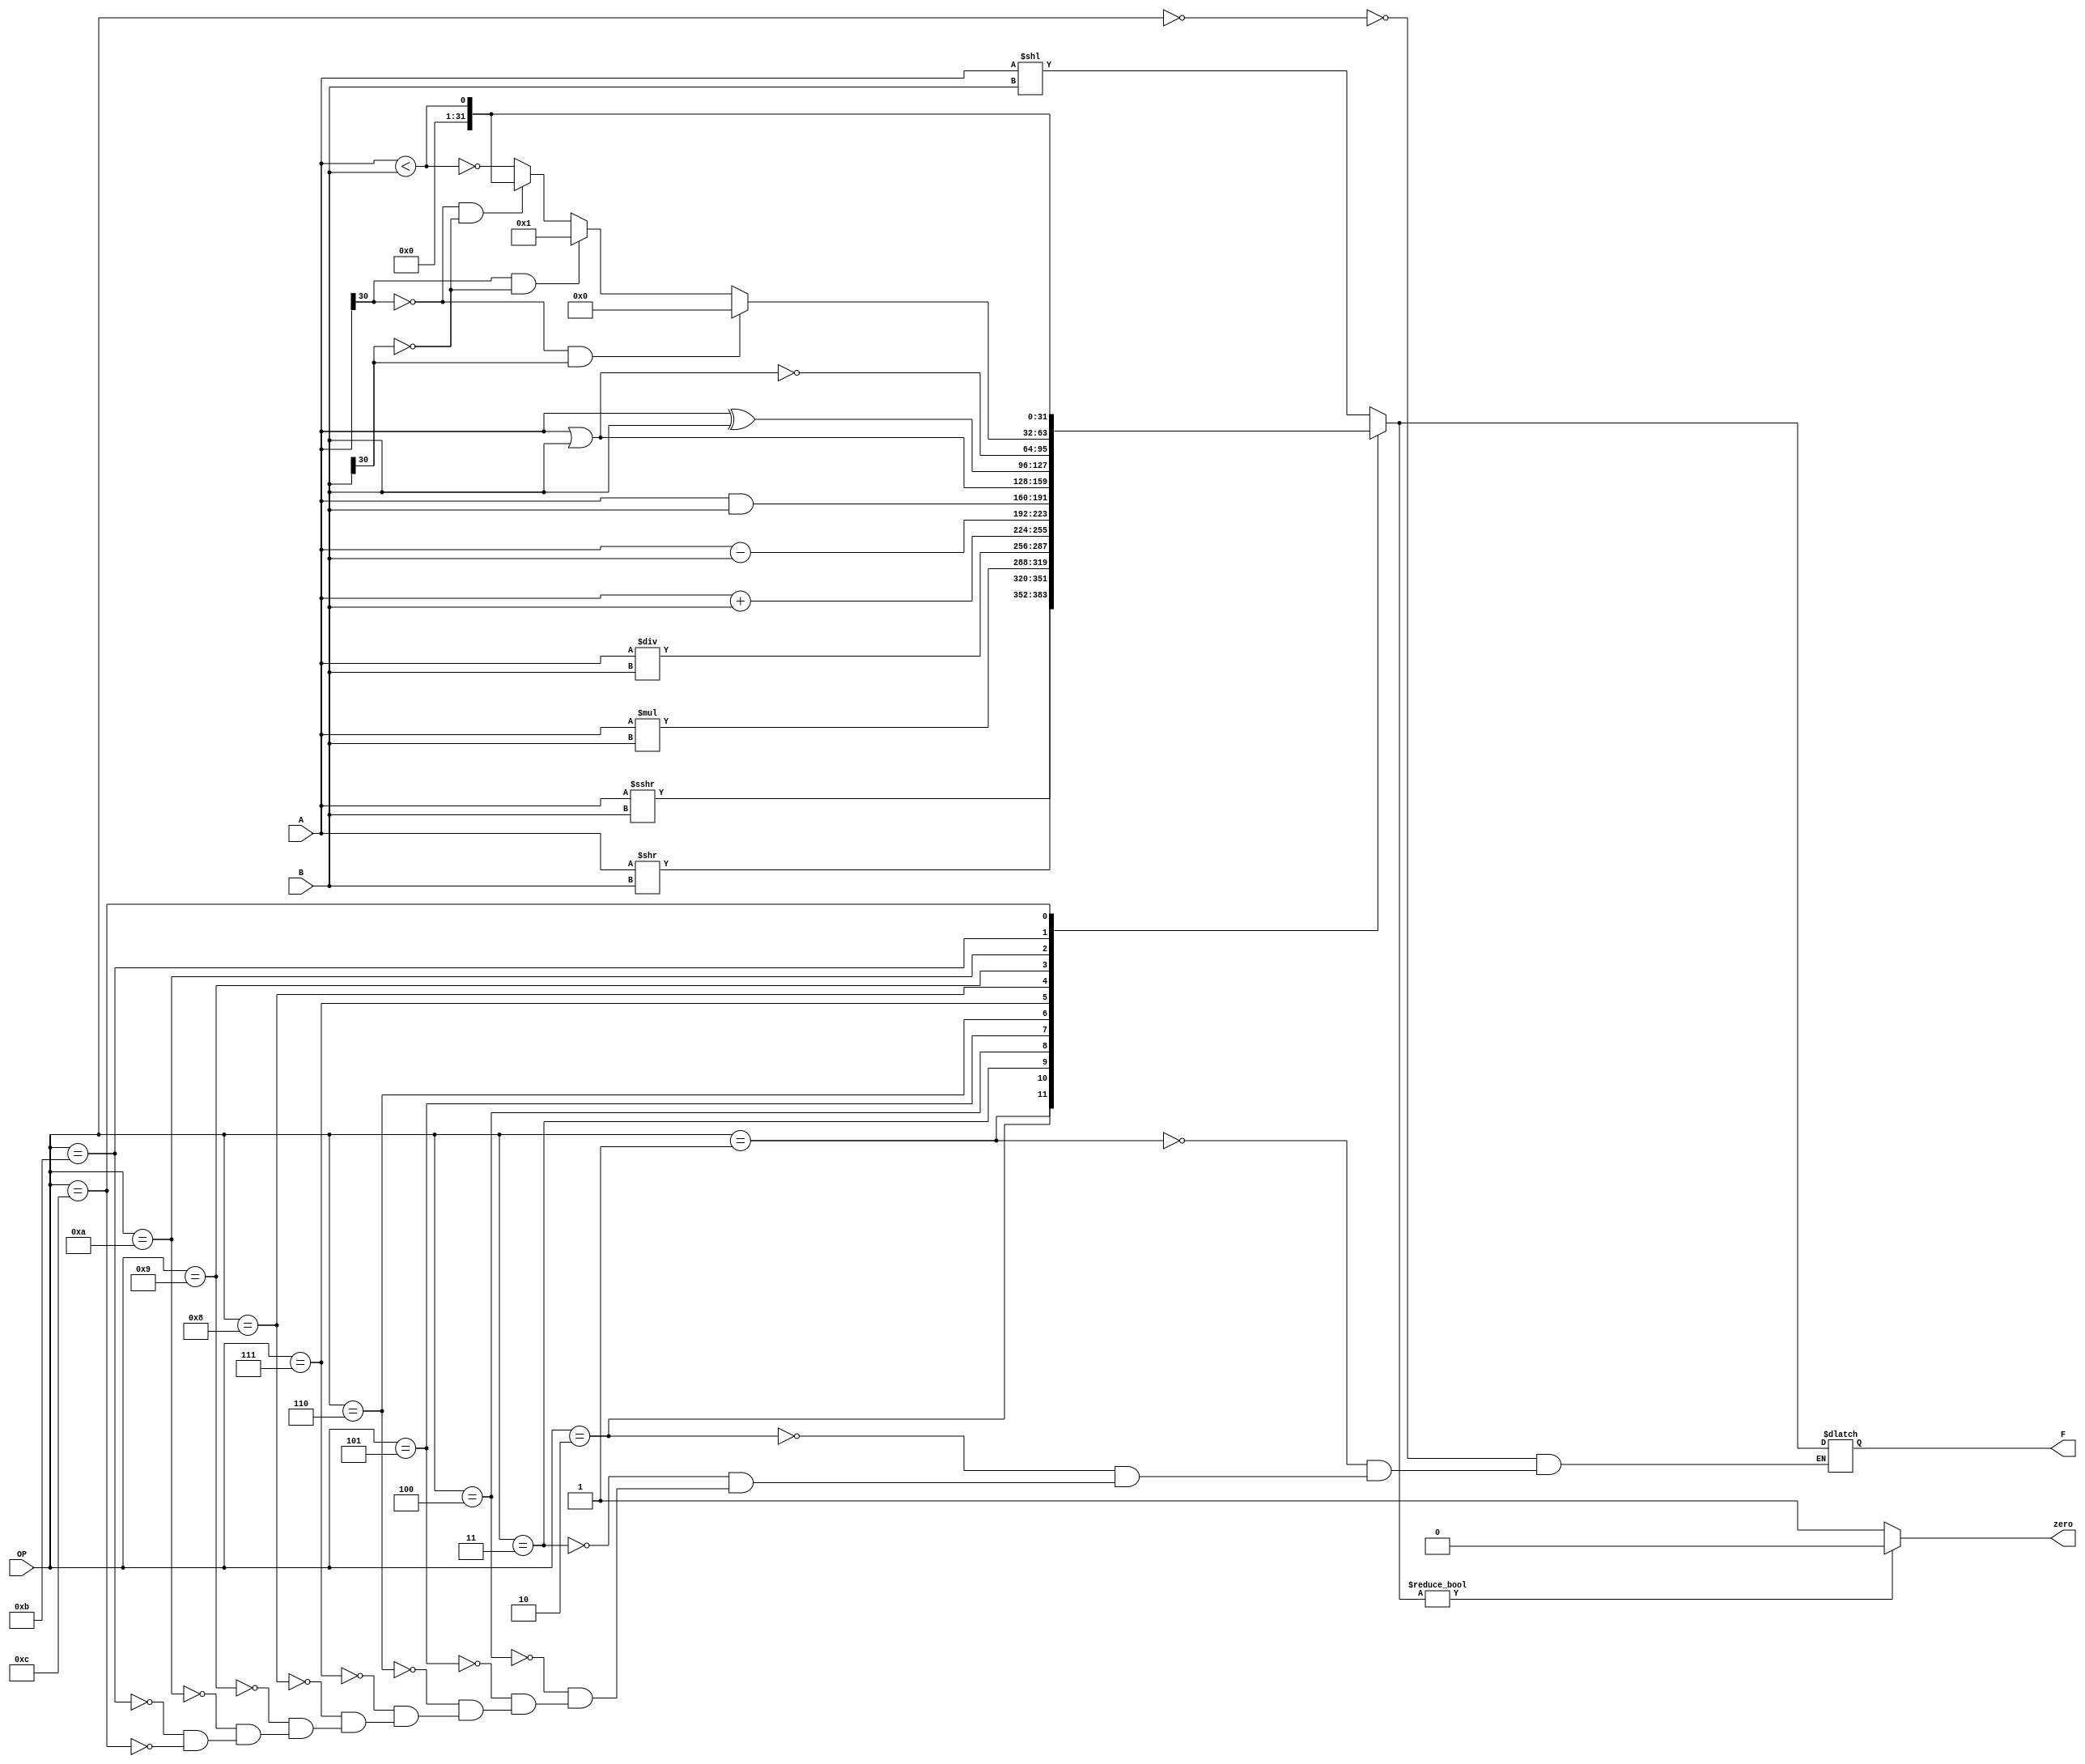
`timescale 1ns / 1ps
//////////////////////////////////////////////////////////////////////////////////
// Company: 
// Engineer: 
// 
// Design Name: 
// Module Name: ALU
// Project Name: 
// Target Devices: 
// Tool Versions: 
// Description: 
// 
// Dependencies: 
// 
// Revision:
// Revision 0.01 - File Created
// Additional Comments:
// 
//////////////////////////////////////////////////////////////////////////////////


module ALU(OP, A, B, F, zero);
    parameter SIZE = 32;
    input [3:0] OP;
    input [SIZE:1] A;
    input [SIZE:1] B;
    output reg [SIZE:1] F;
    output reg zero;
    
    always @(*)
    begin
        case(OP)
            4'b0000: begin F = A << B; end
            4'b0001: begin F = A >>> B; end
            4'b0010: begin F = A >> B; end
            4'b0011: begin F = A * B; end   
            4'b0100: begin F = A / B; end
            4'b0101: begin F = A + B; end
            4'b0110: begin F = A - B; end
            4'b0111: begin F = A & B; end
            4'b1000: begin F = A | B; end
            4'b1001: begin F = A^B; end //??
            4'b1010: begin F = ~(A | B); end
            4'b1011: begin 
            if(A[SIZE-1]==0 && B[SIZE-1]==1) F = 0;
            else if(A[SIZE-1]==1 && B[SIZE-1]==0) F = 1;
            else if(A[SIZE-1]==0 && B[SIZE-1]==0) F = A < B; 
            else  F = ~(A < B);   
            end
            4'b1100: begin F = A < B; end
        endcase
        zero = F ? 0 : 1;
    end
endmodule